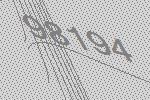
98194